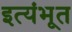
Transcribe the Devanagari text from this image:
इत्यंभूत